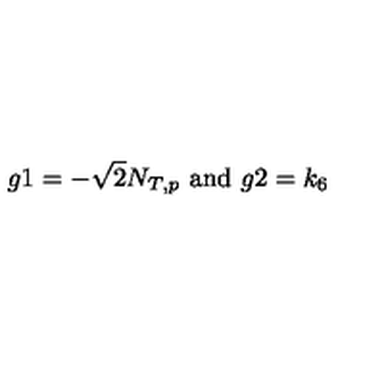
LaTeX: g 1 = - \sqrt { 2 } N _ { T , p } \ \mathrm { a n d } \ g 2 = k _ { 6 }